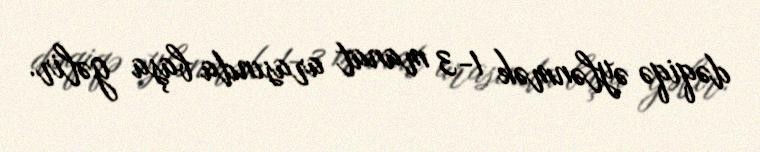
dəqiqə əylənmək 1-3 manat arasında başa gəlir.